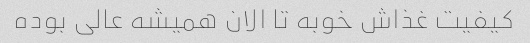
کیفیت غذاش خوبه تا الان همیشه عالی بوده